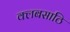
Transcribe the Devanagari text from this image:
क्लबसाठि